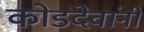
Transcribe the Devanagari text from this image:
कोडदेवांनी